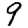
Digit: 9